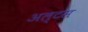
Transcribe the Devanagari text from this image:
अल्टस